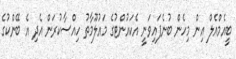
ބީއެމްއެލް އިން މިހެން ބުނެފައިވަނީ އެކައުންޓުގެ މައުލޫމާތު ހިއްސާކުރަން އެދި އެ ބޭންކުގެ